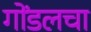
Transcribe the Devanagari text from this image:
गोंडलचा